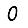
Digit: 0